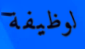
لوظيفة